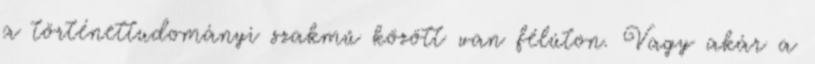
a történettudományi szakmű között van félúton. Vagy akár a